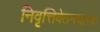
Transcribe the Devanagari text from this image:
निवृत्तिवेतनधारक